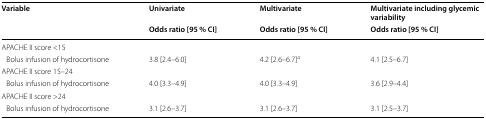
<table><thead><tr><td rowspan="2"><b>Variable</b></td><td><b>Univariate</b></td><td><b>Multivariate</b></td><td><b>Multivariate including glycemic variability</b></td></tr><tr><td><b>Odds ratio [95 % CI]</b></td><td><b>Odds ratio [95 % CI]</b></td><td><b>Odds ratio [95 % CI]</b></td></tr></thead><tbody><tr><td colspan="4">APACHE II score &lt;15</td></tr><tr><td> Bolus infusion of hydrocortisone</td><td>3.8 [2.4–6.0]</td><td>4.2 [2.6–6.7]<sup><i>a</i></sup></td><td>4.1 [2.5–6.7]</td></tr><tr><td colspan="4">APACHE II score 15–24</td></tr><tr><td> Bolus infusion of hydrocortisone</td><td>4.0 [3.3–4.9]</td><td>4.0 [3.3–4.9]</td><td>3.6 [2.9–4.4]</td></tr><tr><td colspan="4">APACHE II score &gt;24</td></tr><tr><td> Bolus infusion of hydrocortisone</td><td>3.1 [2.6–3.7]</td><td>3.1 [2.6–3.7]</td><td>3.1 [2.5–3.7]</td></tr></tbody></table>